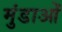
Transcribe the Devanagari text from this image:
मुंडाओं